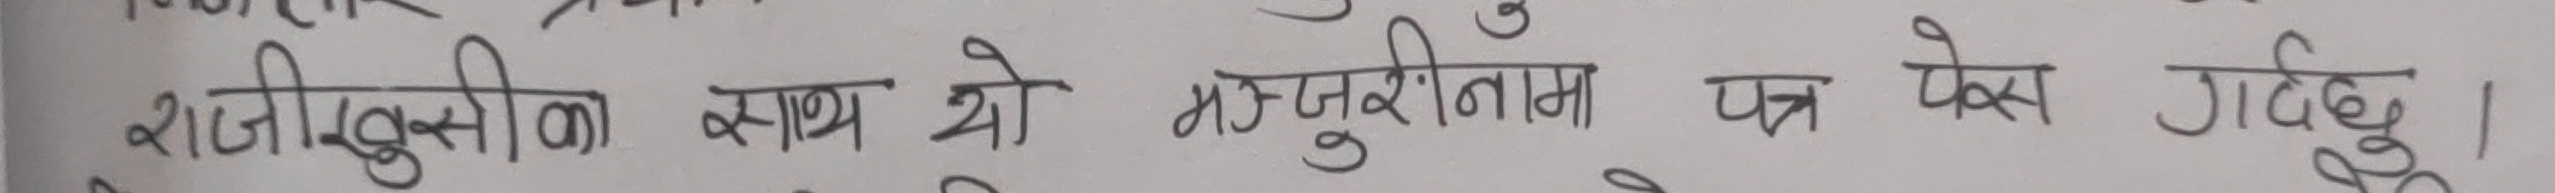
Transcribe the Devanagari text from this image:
राजीखुसीका साथ यो मन्जुरीनामा पत्र फ्याक्स गर्दछु।